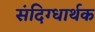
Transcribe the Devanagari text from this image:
संदिग्धार्थक